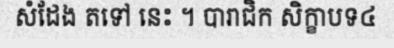
សំដែង តទៅ នេះ ។ បារាជិក សិក្ខាបទ៤